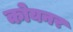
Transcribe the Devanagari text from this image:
कोयनर